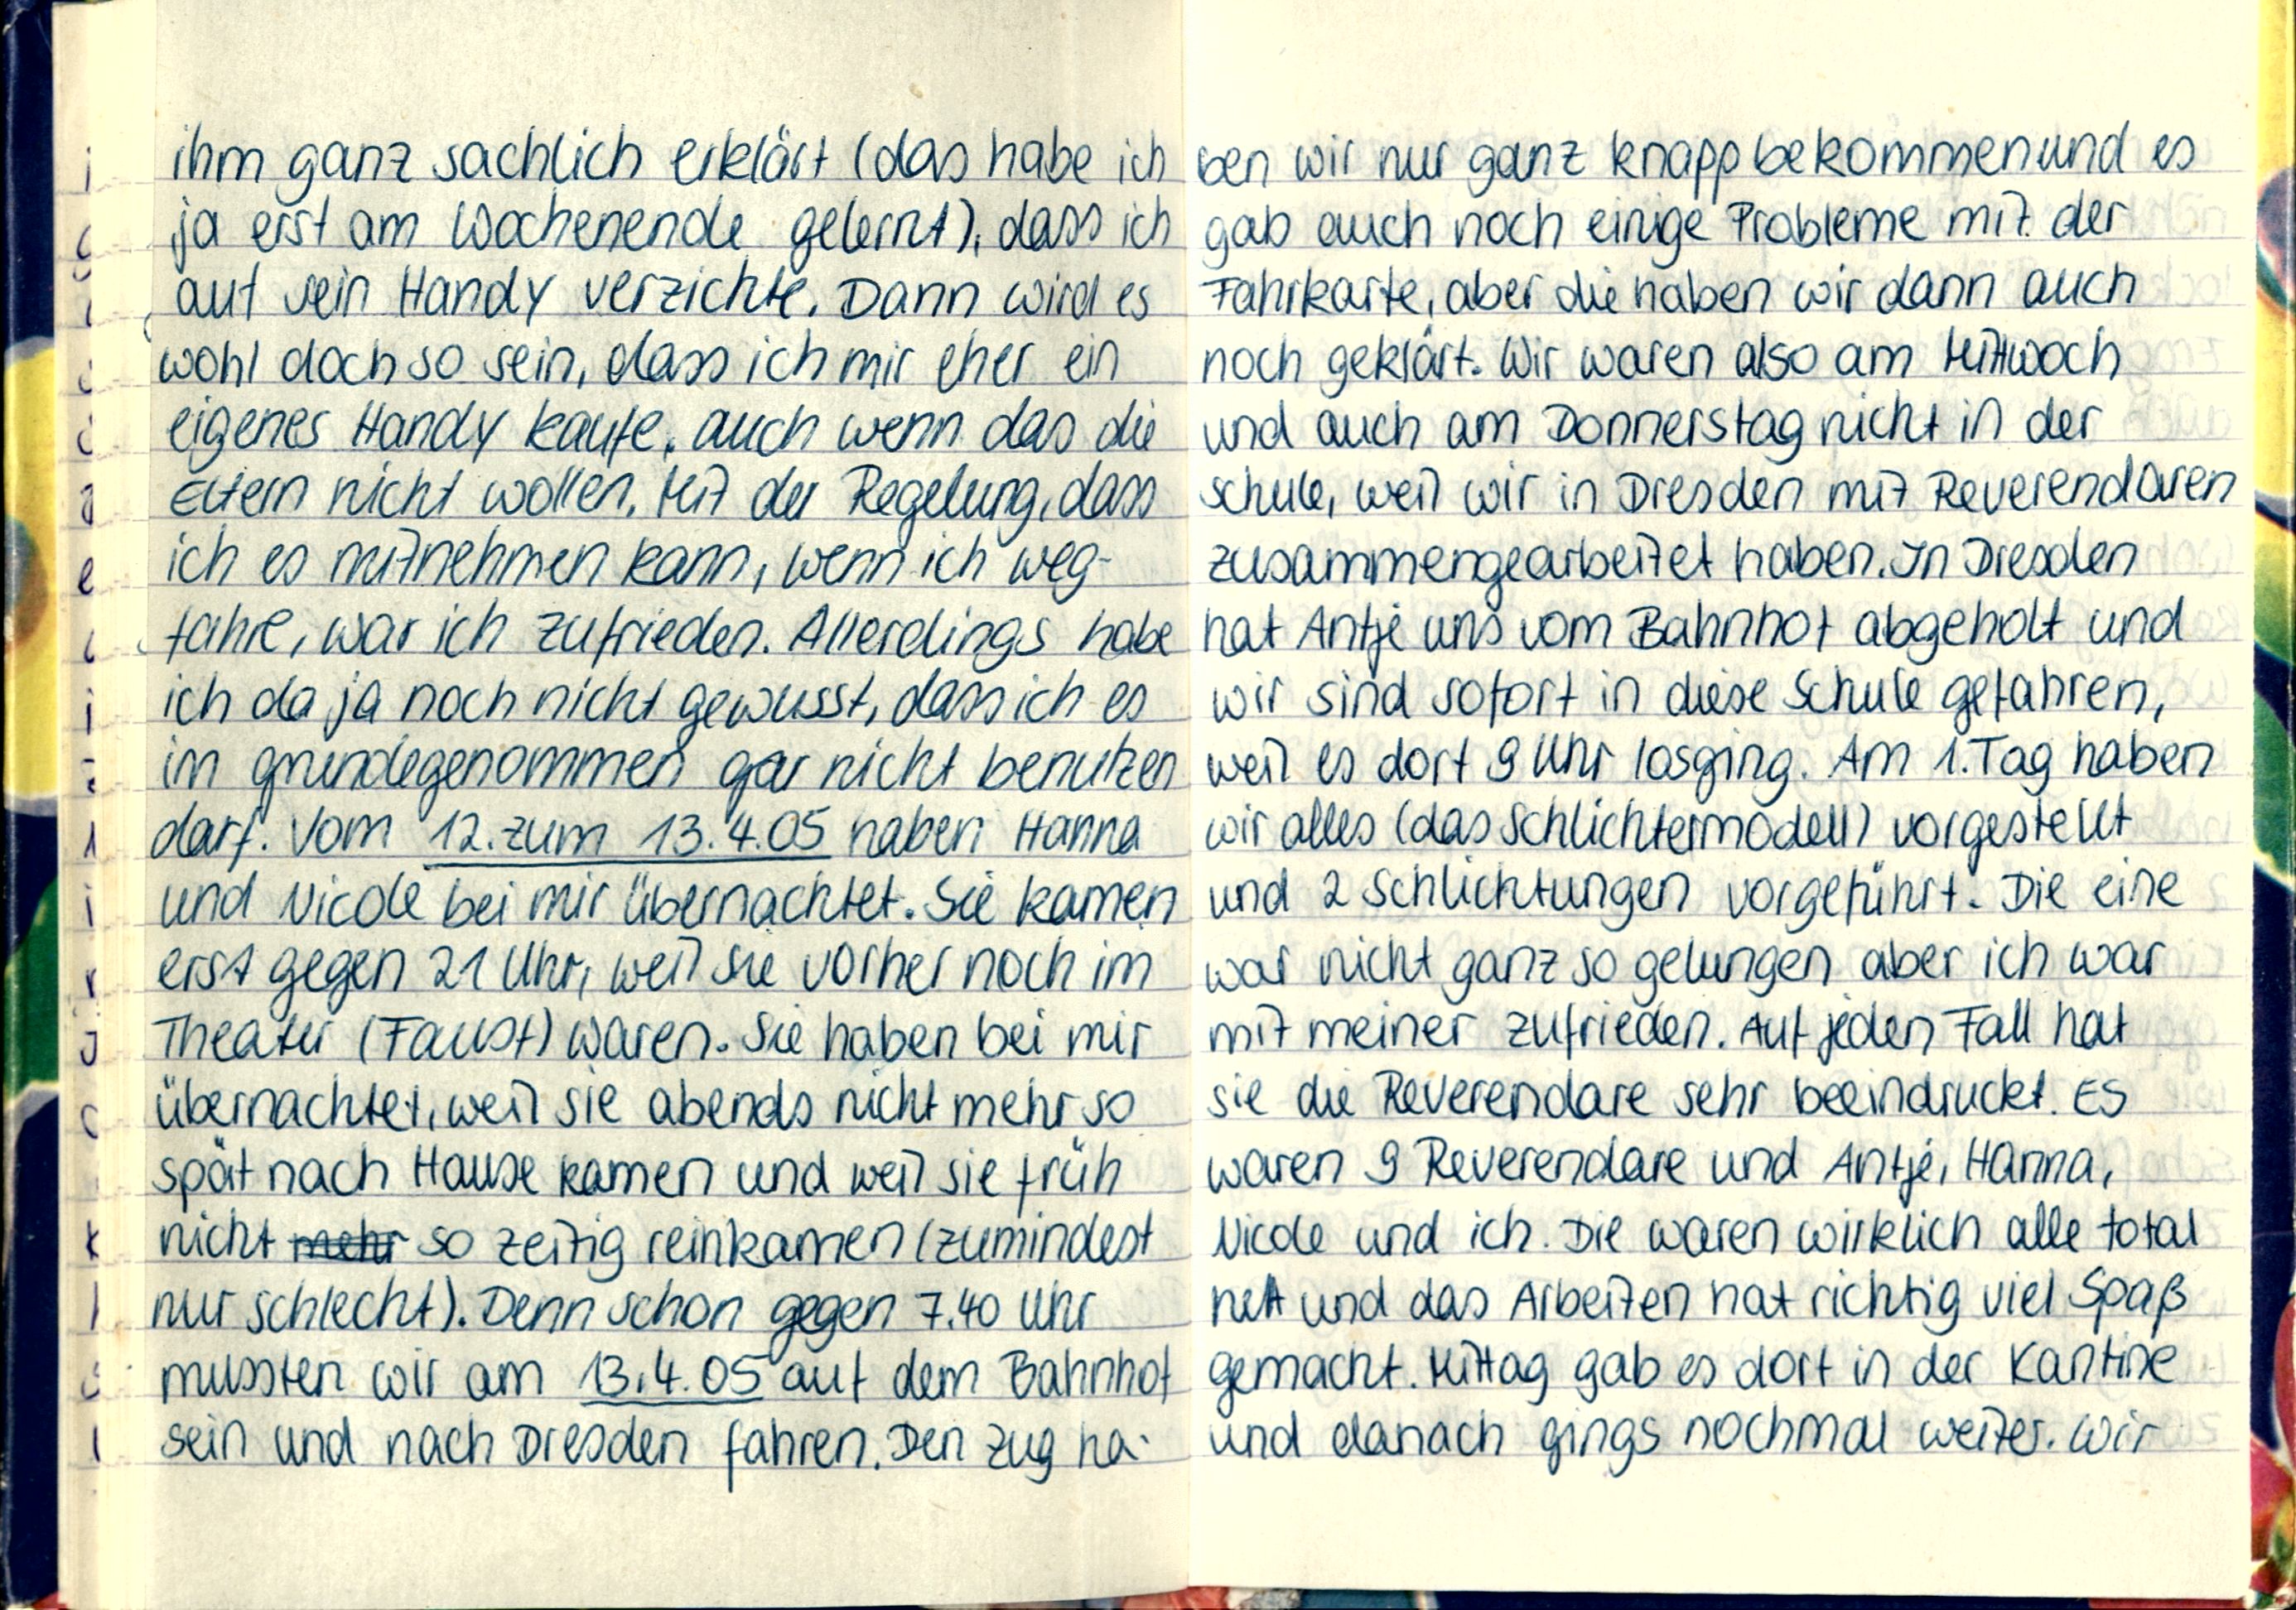
ihm ganz sachlich erklärt (das habe ich
ja erst am Wochenende gelemt), dass ich
auf sein Handy verzichte. Dann wird es
wohl doch so sein, dass ich mir eher ein
eigenes Handy kaufe, auch wenn das die
Eltern nicht wollen. Mit der Regelung, dass
ich es mitnehmen kann, wenn ich weg-
fahre, war ich zufrieden. Allerdings habe
ich da ja noch nicht gewusst, dass ich es
im grundegenommen gar nicht benutzen
darf. Vom 12.zum 13.4.05 haben Hanna
und Nicole bei mir übernachtet. Sie kamen
erst gegen 21 Uhr, weil sie vorher noch im
Theater (Faust) waren. Sie haben bei mir
übernachtet, weil sie abends nicht mehr so
spät nach Hause kamen und weil sie früh
nicht so zeitig reinkamen (zumindest
nur schlecht). Denn schon gegen 7.40 Uhr
mussten wir am 13.4.05 auf dem Bahnhof
sein und nach Dresden fahren. Den Zug ha-

ben wir nur ganz knapp bekommen und es
gab auch noch einige Probleme mit der
Fahrkarte, aber die haben wir dann auch
noch geklärt. Wir waren also am Mittwoch
und auch am Donnerstag nicht in der
schule, weil wir in Dresden mit Reverendaren
zusammengearbeitet haben. In Dresden
hat Antje uns vom Bahnhof abgeholt und
wir sind sofort in diese Schule gefahren,
weil es dort 9 Uhr losging. Am 1. Tag haben
wir alles (das Schlichtermodell) vorgestellt
und 2 Schlichtungen vorgeführt. Die eine
war nicht ganz so gelungen aber ich war
mit meiner zufrieden. Auf jeden Fall hat
sie die Reverendare sehr beeindruckt. Es
waren 9 Reverendare und Antje, Hanna,
Nicole und ich. Die waren wirklich alle total
nett und das Arbeiten hat richtig viel Spaß
gemacht. Mittag gab es dort in der Kantine
und danach gings nochmal weiter. Wir